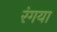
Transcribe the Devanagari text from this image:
रंगया